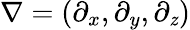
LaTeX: \nabla=(\partial_{x},\partial_{y},\partial_{\mathit{z}})